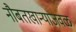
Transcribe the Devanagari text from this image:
नौबतखान्याजवळ